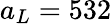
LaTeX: a_{L}=532